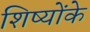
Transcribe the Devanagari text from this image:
शिष्योंके